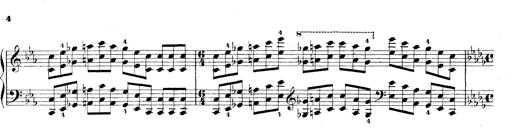
Title: Technische Studien
Composer: Franz Liszt